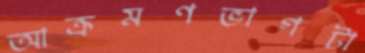
আক্রমণভাগটা